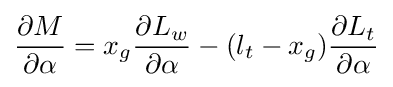
{\frac {\partial M}{\partial \alpha }}=x_{g}{\frac {\partial L_{w}}{\partial \alpha }}-(l_{t}-x_{g}){\frac {\partial L_{t}}{\partial \alpha }}